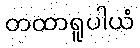
တထာရူပါယံ